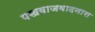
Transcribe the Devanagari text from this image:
पखवाजवादनास